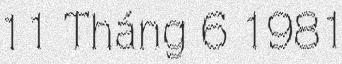
11 Tháng 6 1981